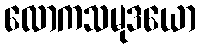
လောကသမုဒယော